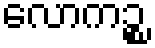
လောကဉ္စ